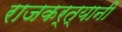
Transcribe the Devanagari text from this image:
राजकर्त्यानी